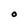
Character: O